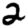
Digit: 2